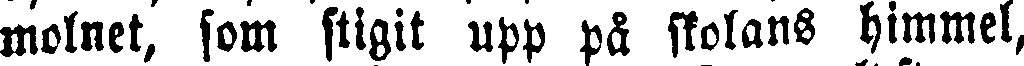
molnet, som stigit upp på skolans himmel,